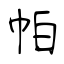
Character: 帕